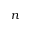
n